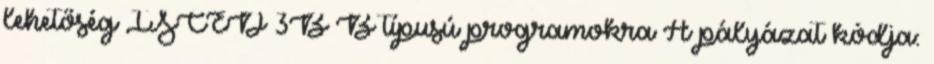
lehetőség ISCED 3B B típusú programokra A pályázat kódja: